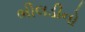
ભીલડીનો